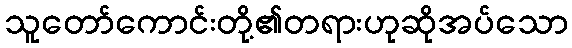
သူတော်ကောင်းတို့၏တရားဟုဆိုအပ်သော